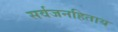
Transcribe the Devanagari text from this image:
सर्वजनहिताय